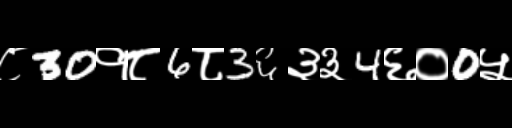
Text: ८30१८6८3६३३4६०0५